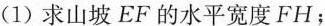
(1)求山坡EF的水平宽度FH；